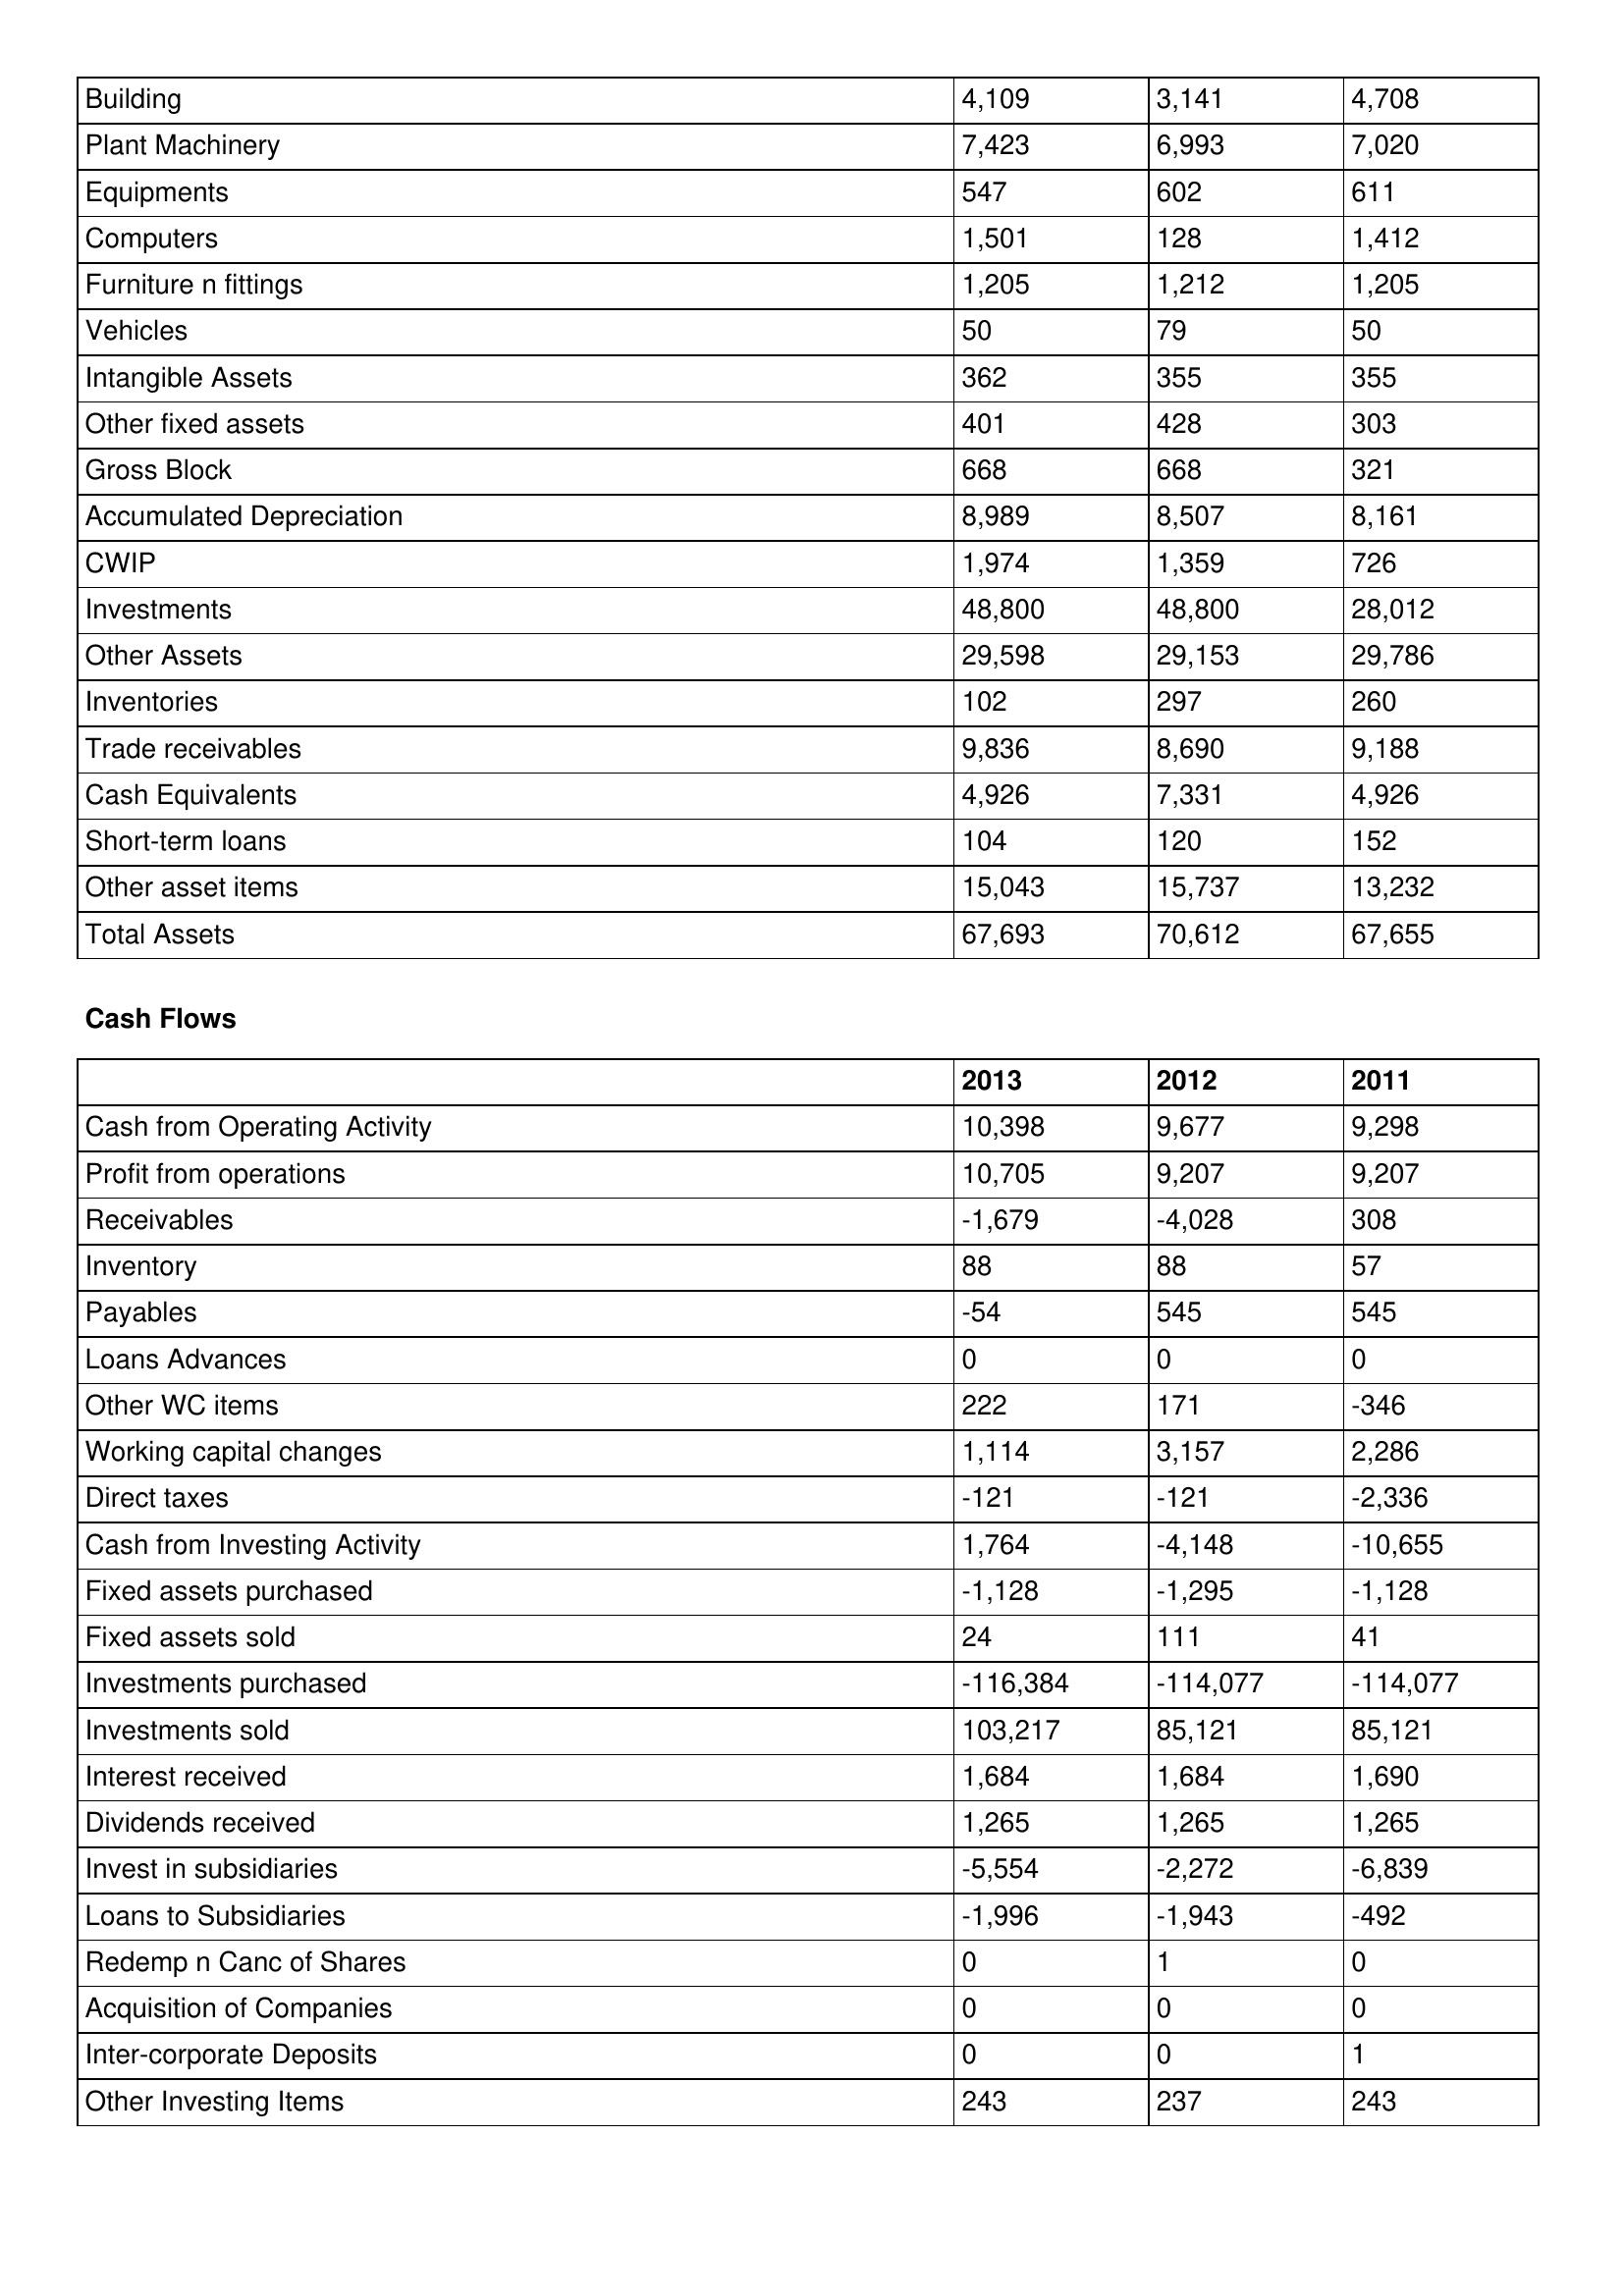
gt_parse: 2013: Balance Sheet: Building: 4,109
Plant Machinery: 7,423
Equipments: 547
Computers: 1,501
Furniture n fittings: 1,205
Vehicles: 50
Intangible Assets: 362
Other fixed assets: 401
Gross Block: 668
Accumulated Depreciation: 8,989
CWIP: 1,974
Investments: 48,800
Other Assets: 29,598
Inventories: 102
Trade receivables: 9,836
Cash Equivalents: 4,926
Short-term loans: 104
Other asset items: 15,043
Total Assets: 67,693
Cash Flows: Cash from Operating Activity: 10,398
Profit from operations: 10,705
Receivables: -1,679
Inventory: 88
Payables: -54
Loans Advances: 0
Other WC items: 222
Working capital changes: 1,114
Direct taxes: -121
Cash from Investing Activity: 1,764
Fixed assets purchased: -1,128
Fixed assets sold: 24
Investments purchased: -116,384
Investments sold: 103,217
Interest received: 1,684
Dividends received: 1,265
Invest in subsidiaries: -5,554
Loans to Subsidiaries: -1,996
Redemp n Canc of Shares: 0
Acquisition of Companies: 0
Inter-corporate Deposits: 0
Other Investing Items: 243
2012: Balance Sheet: Building: 3,141
Plant Machinery: 6,993
Equipments: 602
Computers: 128
Furniture n fittings: 1,212
Vehicles: 79
Intangible Assets: 355
Other fixed assets: 428
Gross Block: 668
Accumulated Depreciation: 8,507
CWIP: 1,359
Investments: 48,800
Other Assets: 29,153
Inventories: 297
Trade receivables: 8,690
Cash Equivalents: 7,331
Short-term loans: 120
Other asset items: 15,737
Total Assets: 70,612
Cash Flows: Cash from Operating Activity: 9,677
Profit from operations: 9,207
Receivables: -4,028
Inventory: 88
Payables: 545
Loans Advances: 0
Other WC items: 171
Working capital changes: 3,157
Direct taxes: -121
Cash from Investing Activity: -4,148
Fixed assets purchased: -1,295
Fixed assets sold: 111
Investments purchased: -114,077
Investments sold: 85,121
Interest received: 1,684
Dividends received: 1,265
Invest in subsidiaries: -2,272
Loans to Subsidiaries: -1,943
Redemp n Canc of Shares: 1
Acquisition of Companies: 0
Inter-corporate Deposits: 0
Other Investing Items: 237
2011: Balance Sheet: Building: 4,708
Plant Machinery: 7,020
Equipments: 611
Computers: 1,412
Furniture n fittings: 1,205
Vehicles: 50
Intangible Assets: 355
Other fixed assets: 303
Gross Block: 321
Accumulated Depreciation: 8,161
CWIP: 726
Investments: 28,012
Other Assets: 29,786
Inventories: 260
Trade receivables: 9,188
Cash Equivalents: 4,926
Short-term loans: 152
Other asset items: 13,232
Total Assets: 67,655
Cash Flows: Cash from Operating Activity: 9,298
Profit from operations: 9,207
Receivables: 308
Inventory: 57
Payables: 545
Loans Advances: 0
Other WC items: -346
Working capital changes: 2,286
Direct taxes: -2,336
Cash from Investing Activity: -10,655
Fixed assets purchased: -1,128
Fixed assets sold: 41
Investments purchased: -114,077
Investments sold: 85,121
Interest received: 1,690
Dividends received: 1,265
Invest in subsidiaries: -6,839
Loans to Subsidiaries: -492
Redemp n Canc of Shares: 0
Acquisition of Companies: 0
Inter-corporate Deposits: 1
Other Investing Items: 243